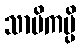
သာမိကမ္ပိ